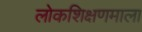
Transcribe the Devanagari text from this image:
लोकशिक्षणमाला